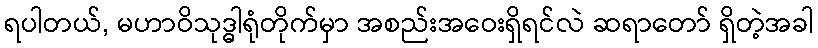
ရပါတယ်, မဟာဝိသုဒ္ဓါရုံတိုက်မှာ အစည်းအဝေးရှိရင်လဲ ဆရာတော် ရှိတဲ့အခါ